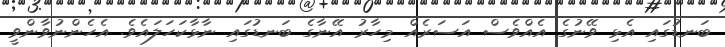
ބަނޑުގައި އެޅި ވޭނުގެ އެއްވެސް އަސަރެއް މިހާރު އޭނާގެ ބަނޑުގައި ނާޅާކަހަލައެވެ. އެހެންނުވާންވީ